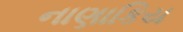
નાણાકિય